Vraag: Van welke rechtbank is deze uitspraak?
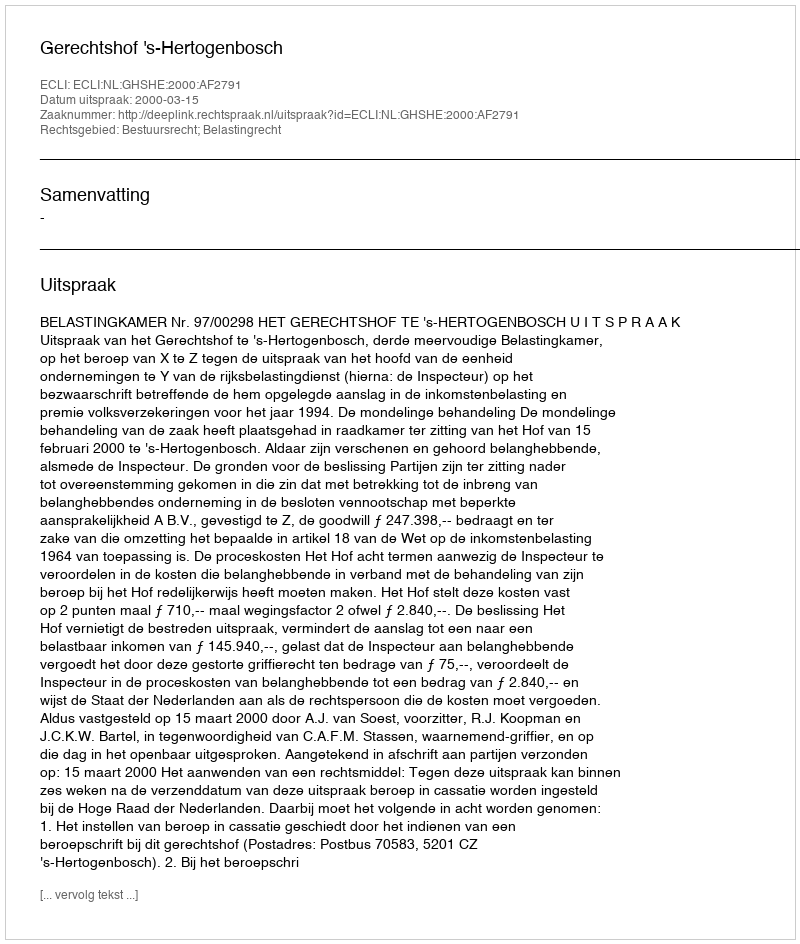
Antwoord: Gerechtshof 's-Hertogenbosch